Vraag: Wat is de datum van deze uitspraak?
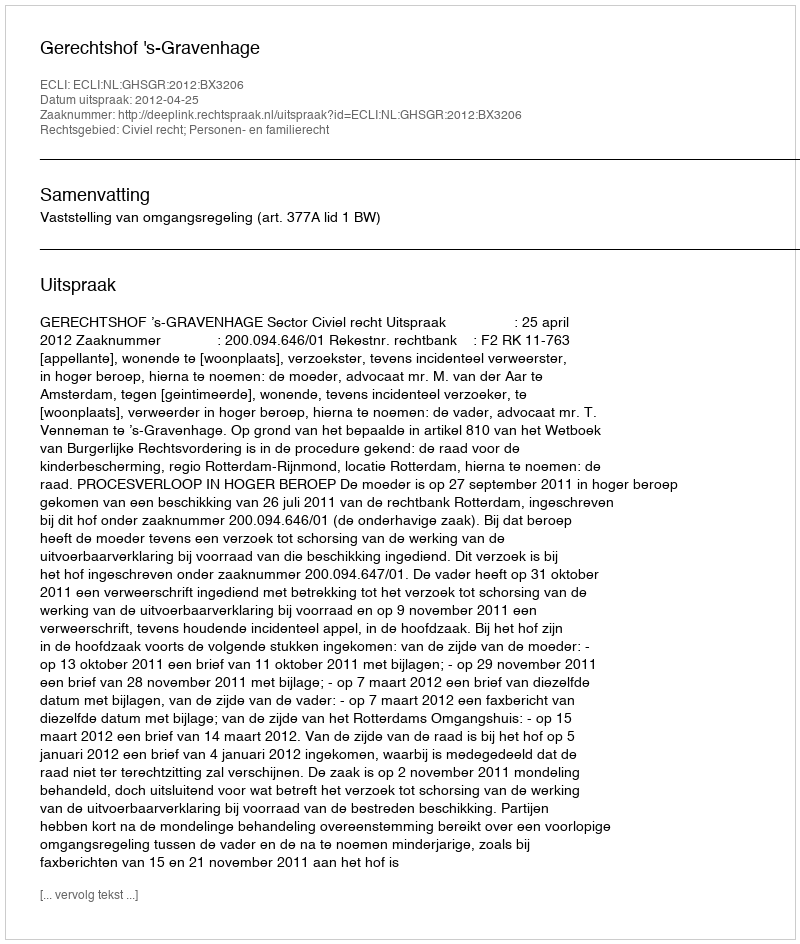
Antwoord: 2012-04-25